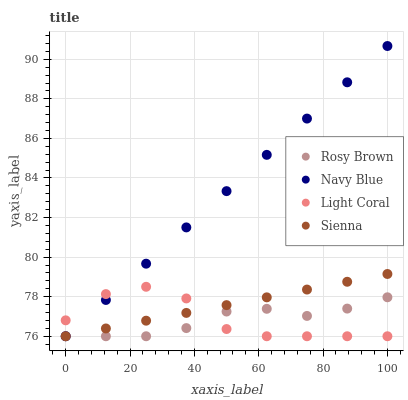
| xaxis_label | Rosy Brown | Navy Blue | Light Coral | Sienna |
 | --- | --- | --- | --- | --- |
 | 0 | 76 | 76 | 76.8 | 76 |
 | 12.5 | 76 | 77.8 | 78.1 | 76.4 |
 | 25 | 76 | 79.7 | 78.5 | 76.8 |
 | 37.5 | 76.4 | 81.5 | 77.9 | 77.2 |
 | 50 | 77.2 | 83.3 | 76.4 | 77.6 |
 | 62.5 | 77.4 | 85.2 | 76 | 78 |
 | 75 | 77 | 87 | 76 | 78.4 |
 | 87.5 | 77.4 | 88.8 | 76 | 78.8 |
 | 100 | 78 | 90.7 | 76 | 79.1 |